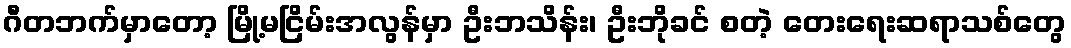
ဂီတဘက်မှာတော့ မြို့မငြိမ်းအလွန်မှာ ဦးဘသိန်း၊ ဦးဘိုခင် စတဲ့ တေးရေးဆရာသစ်တွေ